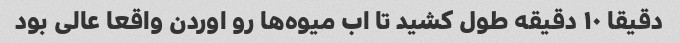
دقیقا ۱۰ دقیقه طول کشید تا اب میوه‌ها رو اوردن واقعا عالی بود